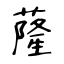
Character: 蕯